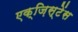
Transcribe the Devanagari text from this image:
एक्ज़िस्टेंस